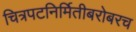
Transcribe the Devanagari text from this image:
चित्रपटनिर्मितीबरोबरच